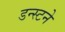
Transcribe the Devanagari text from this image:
डन्स्टने